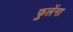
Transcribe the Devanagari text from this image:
फुलेंना